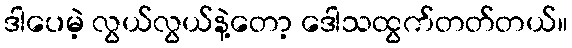
ဒါပေမဲ့ လွယ်လွယ်နဲ့တော့ ဒေါသထွက်တတ်တယ်။